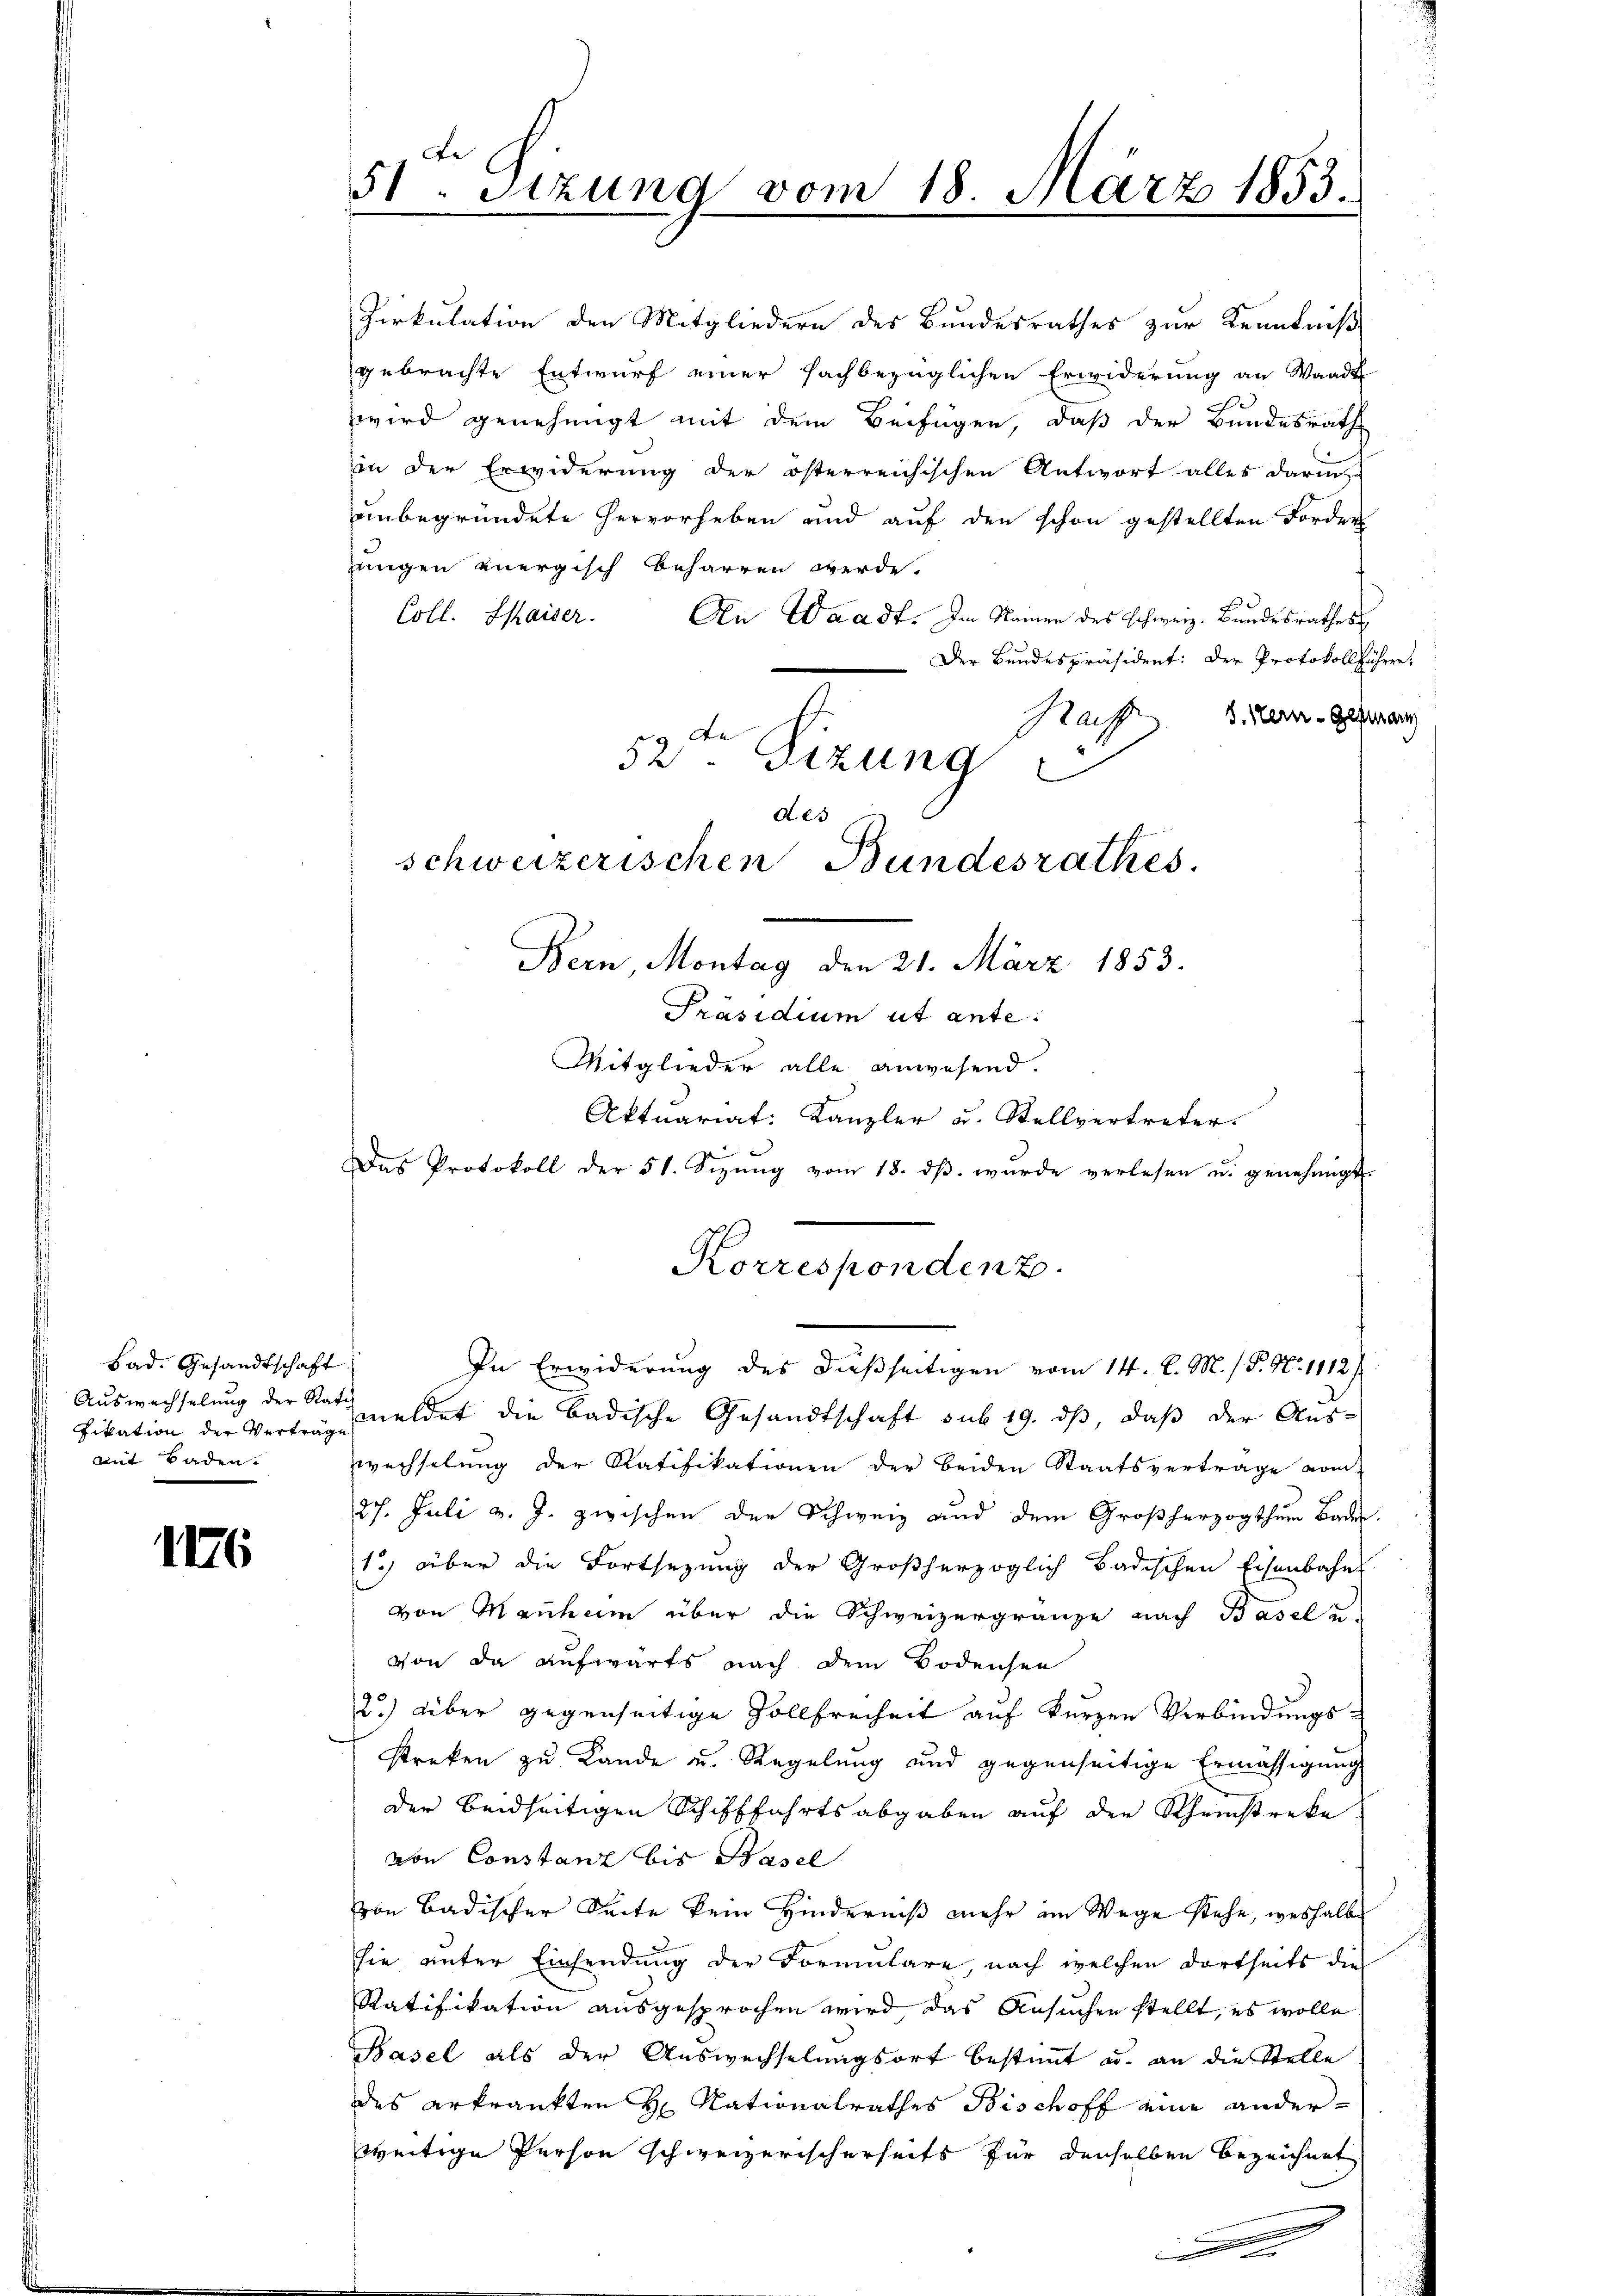
Bad. Gesandtschaft
fikation der Verträge
mit Baden.

II76

51. Sitzung vom 18. März 1855.

Zirkulation den Mitgliedern des Bundesrathes zur Kenntniß
gebrachte Entwurf einer sachbezüglichen Erwiderung an Waadt
wird genehmigt mit dem Beifügen, daß der Bundesrath
in der Erwiderung der österreichischen Antwort alles darin
unbegründete hervorheben und auf den schon gestellten Forder
jungen anergisch beharren werde.
Coll. Saiser.
An Waadt. Im Namen des schweiz. Bundesrathes
Der Bundespräsident: Der Protokollführen,
Raif Mein Gesang
Bern Montag den 21. März 1853.
Präsidium ut ante.
Mitglieder alle anwesend.
Aktuariat: Kanzler u. Stellvertreter
d
Das Protokoll der 51. Sizŭng vom 18. dβ. wŭrde verlesen u. genehmigt.
Korrespondenz.
In Erwiderung des dießseitigen vom 14. d. M. /. P. Nr. 1112/
Auswechselung der Statt meldet die badische Gesandtschaft sub 19. ds, daß der Auswechselŭng der Ratifikationen der beiden Staatsvertrage vom
27. Juli v. J. zwischen der Schweiz und dem Großherzogthum Baden.
1) über die Fortsezung der Großherzoglich badischen Eisenbahn
von Manchem über die Schweizergränze nach Basel u
von da aufwärts nach dem Bodensen
2) über gegenseitige Vollfreiheit auf kurzen Verbindungs-
streken zu Lande u. Regelung und gegenseitige Ermässigung
der beidseitigen Schifffahrtsabgaben auf den Rheinstreke
von Constanz bis Basel
von Badischer Seite kein Hinderniß mehr im Wege stehe, weshalbe
sie unter Einsendung der Formulare, nach welchen dortseits dies
Ratifikation ausgesprochen wird, das Ansuchen stellt, es wolle
Basel als der Auswechselungsort bestimmt u. an die Stelle
des erkrankten H. Nationalrathes Bischoff eine anderweitige Person schweizerischerseits für denselben bezeichnet
.

52ten Sizung
A. 23
schweizerischen Bundesrathes.